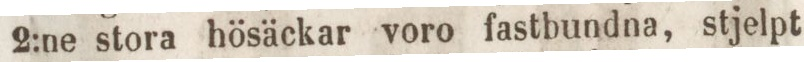
2:ne stora hösäckar voro fastbundna, stjelpt